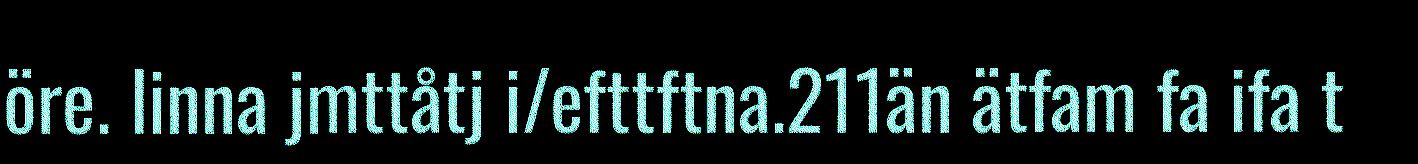
öre. linna jmttåtj i/efttftna.211än ätfam fa ifa t